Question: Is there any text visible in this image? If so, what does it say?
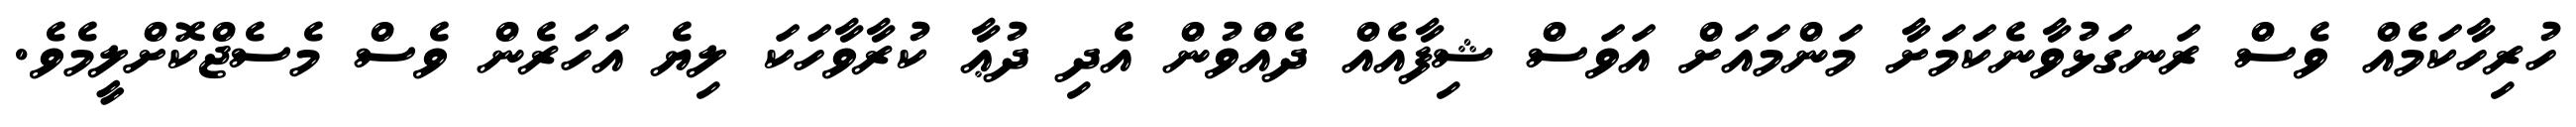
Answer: ހުރިހާކަމެއް ވެސް ރަނގަޅުވާނެކަމަށާ މަންމައަށް އަވަސް ޝިފާއެއް ދެއްވުން އެދި ދުޢާ ކުރާވާހަކަ ލިޔެ އަހަރެން ވެސް މެސެޖްކޮށްލީމެވެ.